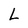
Character: L